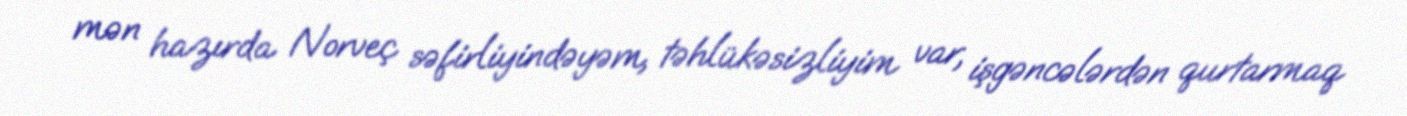
mən hazırda Norveç səfirliyindəyəm, təhlükəsizliyim var, işgəncələrdən qurtarmaq